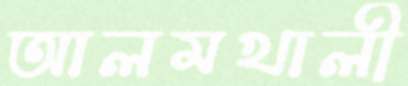
আলমখালী